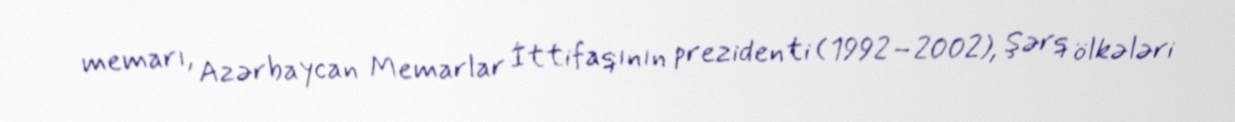
memarı, Azərbaycan Memarlar İttifaqının prezidenti (1992–2002), Şərq ölkələri